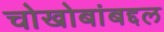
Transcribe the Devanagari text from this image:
चोखोबांबद्दल